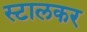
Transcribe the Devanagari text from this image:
स्टालकर